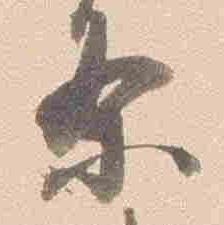
条